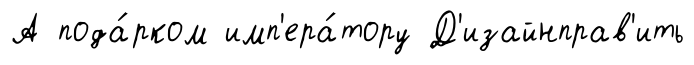
А пода́рком имп'ера́тору Д'изайнправ'ить